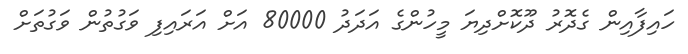
ހައިފާއިން ގެދޮރު ދޫކޮށްދިޔަ މީހުންގެ އަދަދު 80000 އަށް އަރައިފި ވަގުތުން ވަގުތަށް